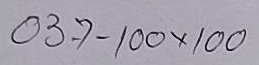
037 - 100 x 100